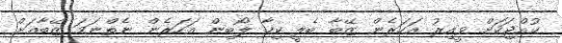
ކުއްޖަކަށް ވީއިރު އަހަރެން ޒޭބާ ބެލީ ކިހާ ލޯބިން އަހަރެން ނެތްނަމަ ޒޭބާއަށް